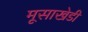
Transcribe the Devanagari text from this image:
मूसाखेडी